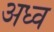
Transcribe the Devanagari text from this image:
अध्व